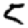
Digit: 5